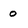
Character: o